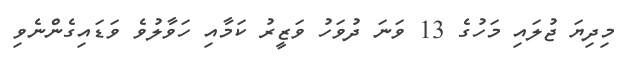
މިދިޔަ ޖުލައި މަހުގެ 13 ވަނަ ދުވަހު ވަޒީރު ކަމާއި ހަވާލުވެ ވަޑައިގެންނެވި